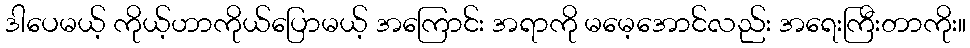
ဒါပေမယ့် ကိုယ့်ဟာကိုယ်ပြောမယ့် အကြောင်း အရာကို မမေ့အောင်လည်း အရေးကြီးတာကိုး။